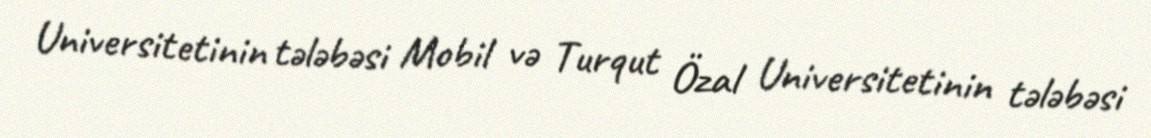
Universitetinin tələbəsi Mobil və Turqut Özal Universitetinin tələbəsi